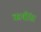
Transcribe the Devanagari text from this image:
ॠषींस